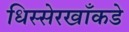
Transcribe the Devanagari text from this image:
धिस्सेरखाँकडे